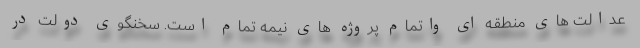
عدالت های منطقه ای واتمام پروژه های نیمه تمام است. سخنگوی دولت در